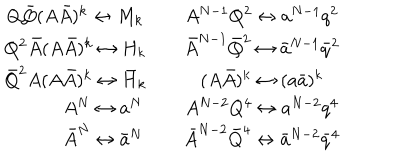
\begin{array} { c c } { { Q \bar { Q } ( A \bar { A } ) ^ { k } \leftrightarrow M _ { k } \quad } } & { { A ^ { N - 1 } Q ^ { 2 } \leftrightarrow a ^ { N - 1 } q ^ { 2 } } } \\ { { Q ^ { 2 } \bar { A } ( A \bar { A } ) ^ { k } \leftrightarrow H _ { k } \quad } } & { { \bar { A } ^ { N - 1 } \bar { Q } ^ { 2 } \leftrightarrow \bar { a } ^ { N - 1 } \bar { q } ^ { 2 } } } \\ { { \bar { Q } ^ { 2 } { A } ( A \bar { A } ) ^ { k } \leftrightarrow \bar { H } _ { k } \quad } } & { { ( A \bar { A } ) ^ { k } \leftrightarrow ( a \bar { a } ) ^ { k } } } \\ { { \qquad A ^ { N } \leftrightarrow a ^ { N } } } & { { A ^ { N - 2 } Q ^ { 4 } \leftrightarrow a ^ { N - 2 } q ^ { 4 } } } \\ { { \qquad \bar { A } ^ { N } \leftrightarrow \bar { a } ^ { N } } } & { { \bar { A } ^ { N - 2 } \bar { Q } ^ { 4 } \leftrightarrow \bar { a } ^ { N - 2 } \bar { q } ^ { 4 } } } \\ \end{array}